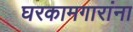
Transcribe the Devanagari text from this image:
घरकामगारांना